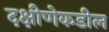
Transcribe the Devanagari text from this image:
दक्षीणेकडील